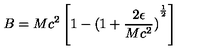
B = M c ^ { 2 } \left[ 1 - { ( 1 + \frac { 2 \epsilon } { M c ^ { 2 } } ) } ^ { \frac { 1 } { 2 } } \right]